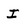
Character: I